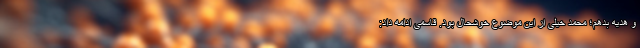
و هدیه بدهم؛ محمد خیلی از این موضوع خوشحال بود. قاسمی ادامه داد:‌